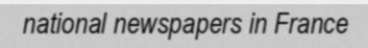
national newspapers in France